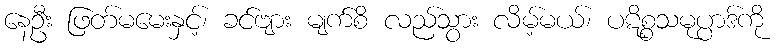
နေဦး ဖြတ်မမေးနှင့်၊ ခင်ဗျား မျက်စိ လည်သွား လိမ့်မယ်၊ ပဋိစ္စသမုပ္ပာဒ်ကို